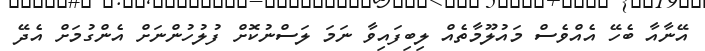
އޭނާއާ ބެހޭ އެއްވެސް މައުލޫމާތެއް ލިބިފައިވާ ނަމަ ލަސްނުކޮށް ފުލުހުންނަށް އެންގުމަށް އެދޭ